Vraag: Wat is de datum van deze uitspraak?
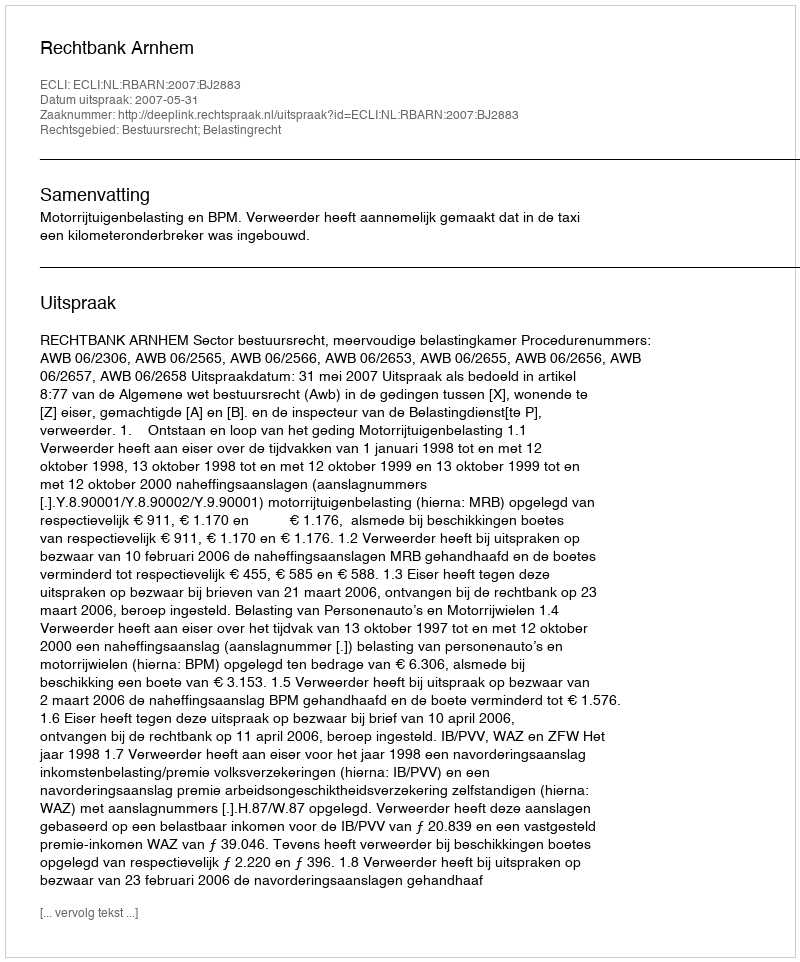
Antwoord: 2007-05-31